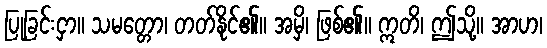
ပြုခြင်းငှာ။ သမတ္တော၊ တတ်နိုင်၏။ အမှိ၊ ဖြစ်၏။ ဣတိ၊ ဤသို့။ အာဟ၊